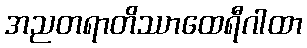
အညတရာတိဿာထေရီဂါထာ